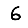
Digit: 6